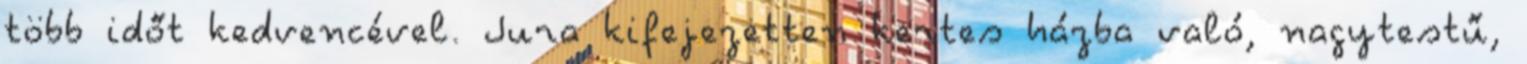
több időt kedvencével. Jura kifejezetten kertes házba való, nagytestű,